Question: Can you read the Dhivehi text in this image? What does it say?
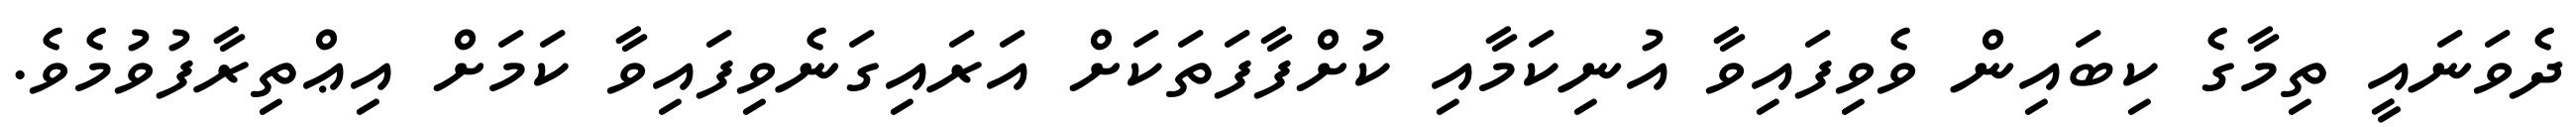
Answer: ދެވަނައީ ތިމާގެ ކިބައިން ވެވިފައިވާ އުނިކަމާއި ކުށްފާފަތަކަށް އަރައިގަނެވިފައިވާ ކަމަށް އިޢްތިރާފުވުމެވެ.